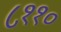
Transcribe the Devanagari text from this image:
८११०